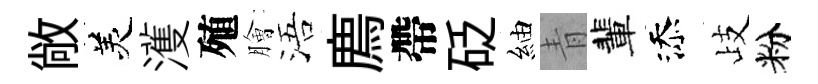
敞羙濩殖膾浯廌帶砭紬青輩添歧粉